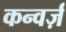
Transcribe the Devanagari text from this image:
कन्वर्ज़